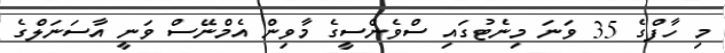
މި ހާފްގެ 35 ވަނަ މިނެޓުގައި ސްވެންސީގެ މާވިން އެމްނޭސް ވަނީ އާސަނަލްގެ